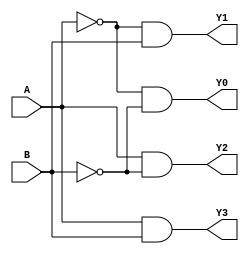
// This program was cloned from: https://github.com/aryanmahawar205/ModelSim-IntelFPGA
// License: GNU General Public License v3.0

//Dataflow Modelling for 2 to 4 Decoder

module decoder_2_to_4_df(A, B, Y0, Y1, Y2, Y3);
input A, B; output Y0, Y1, Y2, Y3;
assign Y0 = ~A&~B;
assign Y1 = ~A&B;
assign Y2 = A&~B;
assign Y3 = A&B;
endmodule